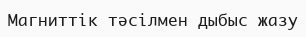
Магниттік тәсілмен дыбыс жазу